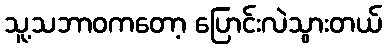
သူ့သဘာဝကတော့ ပြောင်းလဲသွားတယ်